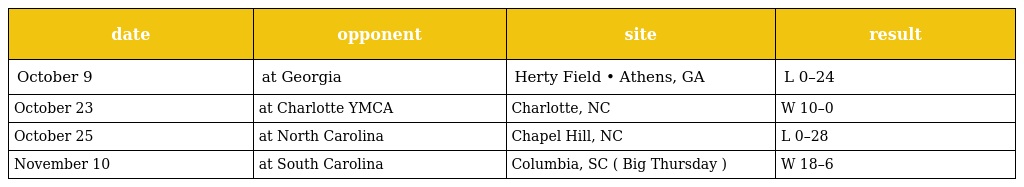
| date | opponent | site | result |
 | --- | --- | --- | --- |
 | October 9 | at Georgia | Herty Field • Athens, GA | L 0–24 |
 | October 23 | at Charlotte YMCA | Charlotte, NC | W 10–0 |
 | October 25 | at North Carolina | Chapel Hill, NC | L 0–28 |
 | November 10 | at South Carolina | Columbia, SC ( Big Thursday ) | W 18–6 |